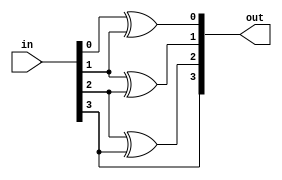
`timescale 1ns / 1ps
//////////////////////////////////////////////////////////////////////////////////
// Company: 
// Engineer: 
// 
// Design Name: 
// Module Name: binary_to_gray
// Project Name: 
// Target Devices: 
// Tool Versions: 
// Description: 
// 
// Dependencies: 
// 
// Revision:
// Revision 0.01 - File Created
// Additional Comments:
// 
//////////////////////////////////////////////////////////////////////////////////


module binary_to_gray #(parameter len = 4)(
    input [len-1:0] in,
    output reg [len-1:0] out
    );
    
    integer i;
    
    always @(in) begin
        
        out[len-1] = in[len-1];
        for (i=0;i<len-1;i=i+1) begin
            out[i] = in[i]^in[i+1];
        end
        
    end
    
endmodule